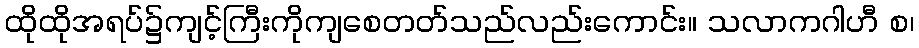
ထိုထိုအရပ်၌ကျင့်ကြီးကိုကျစေတတ်သည်လည်းကောင်း။ သလာကဂါဟီ စ၊